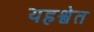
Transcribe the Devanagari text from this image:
यहश्वेत